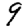
Digit: 9